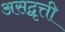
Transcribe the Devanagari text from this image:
असद्वृत्ती